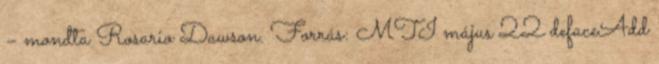
– mondta Rosario Dawson. Forrás: MTI május 22 defaceAdd